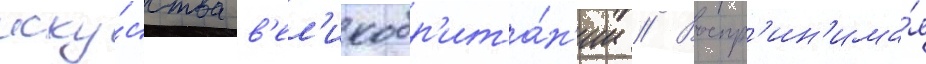
иску́сства в'ел'икобр'ита́н'ии // Воспр'ин'има́я